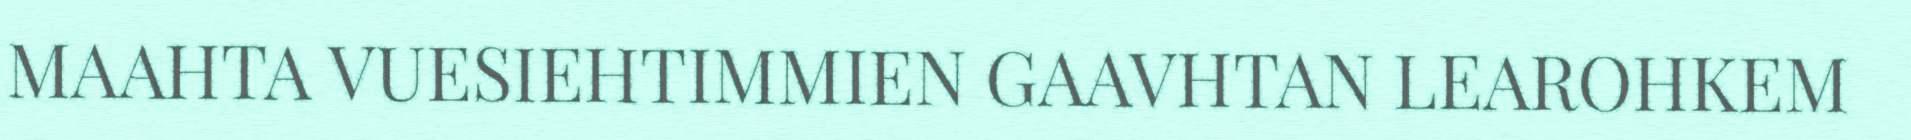
MAAHTA VUESIEHTIMMIEN GAAVHTAN LEAROHKEM